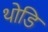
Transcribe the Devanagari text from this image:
थोडि